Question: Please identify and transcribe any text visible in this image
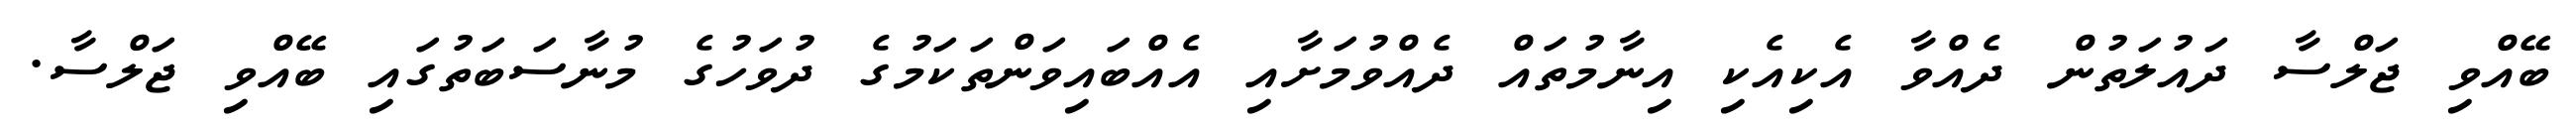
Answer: ބޭއްވި ޖަލްސާ ދައުލަތުން ދެއްވާ އެކިއެކި އިނާމުތައް ދެއްވުމަށާއި އެއްބައިވަންތަކަމުގެ ދުވަހުގެ މުނާސަބަތުގައި ބޭއްވި ޖަލްސާ.